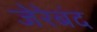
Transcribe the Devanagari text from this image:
जेरेबंद